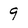
Character: 9